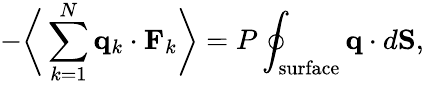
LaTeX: -{\biggl\langle}\sum_{k=1}^{N}\mathbf{q}_{k}\cdot\mathbf{F}_{k}{\biggr\rangle}=P\oint_{\mathrm{surface}}\mathbf{q}\cdot d\mathbf{S},